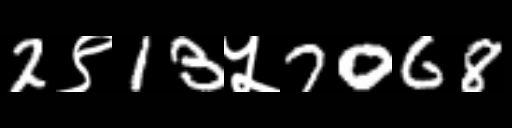
Text: 2९13५7068